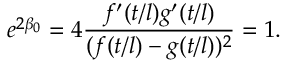
e ^ { 2 \beta _ { 0 } } = 4 \frac { f ^ { \prime } ( t / l ) g ^ { \prime } ( t / l ) } { ( f ( t / l ) - g ( t / l ) ) ^ { 2 } } = 1 .